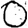
Digit: 0